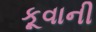
કૂવાની